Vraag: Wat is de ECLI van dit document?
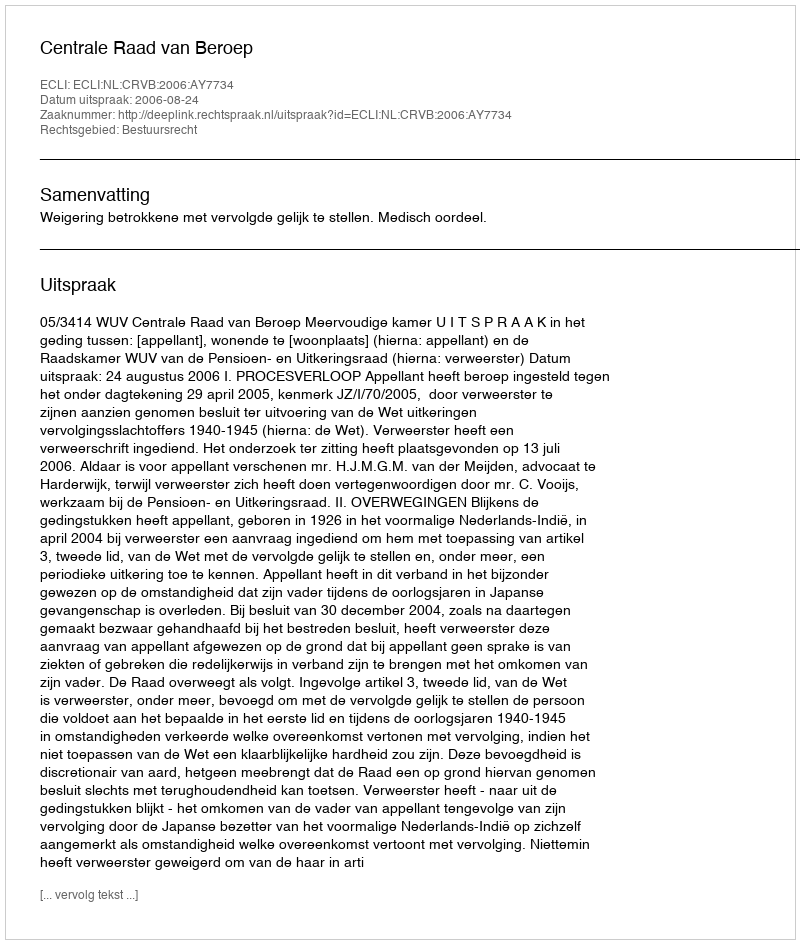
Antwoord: ECLI:NL:CRVB:2006:AY7734